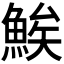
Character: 𬵖